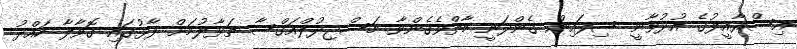
އިސްރާއީލުގެ އުދުވާނީ ސިފައިން ގެންދަނީ މާތްވެގެންވާ މަސްޖިދުލްއަގްސާ ތަޅާލުމަށް ފާޅުގައި ގޮވާލާ ހައްދު